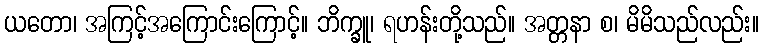
ယတော၊ အကြင့်အကြောင်းကြောင့်။ ဘိက္ခူ၊ ရဟန်းတို့သည်။ အတ္တနာ စ၊ မိမိသည်လည်း။